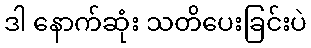
ဒါ နောက်ဆုံး သတိပေးခြင်းပဲ